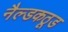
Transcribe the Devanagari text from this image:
नैल्डकठूड